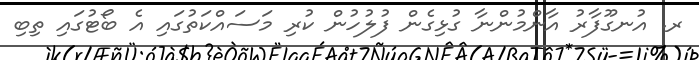
ރ. އުނގޫފާރު އާންމުންނާ ގުޅިގެން ފުލުހުން ކުރި މަސައްކަތުގައި އެ ބޯޓުގައި ތިބި